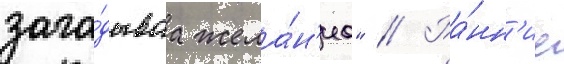
зага́дываа жела́н'иа" // Ра́нн'ие